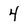
Character: 4